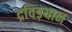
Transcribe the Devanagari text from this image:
द्रविड़यान